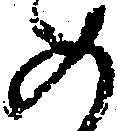
め